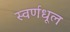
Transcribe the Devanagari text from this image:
स्वर्णधूल